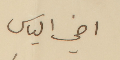
اخي الياس